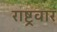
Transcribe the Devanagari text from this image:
राष्ट्रवार